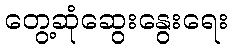
တွေ့ဆုံဆွေးနွေးရေး